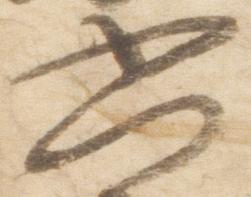
六